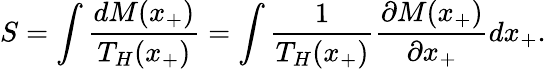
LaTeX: S=\int\frac{dM(x_{+})}{T_{H}(x_{+})}=\int\frac{1}{T_{H}(x_{+})}\frac{\partial M(x_{+})}{\partial x_{+}}dx_{+}.